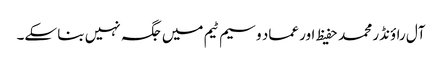
آل راؤنڈر محمد حفیظ اور عماد وسیم ٹیم میں جگہ نہیں بنا سکے۔